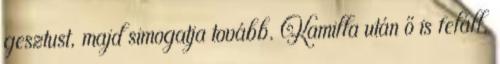
gesztust, majd simogatja tovább. Kamilla után ő is feláll,